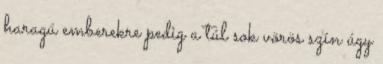
haragú emberekre pedig a túl sok vörös szín úgy